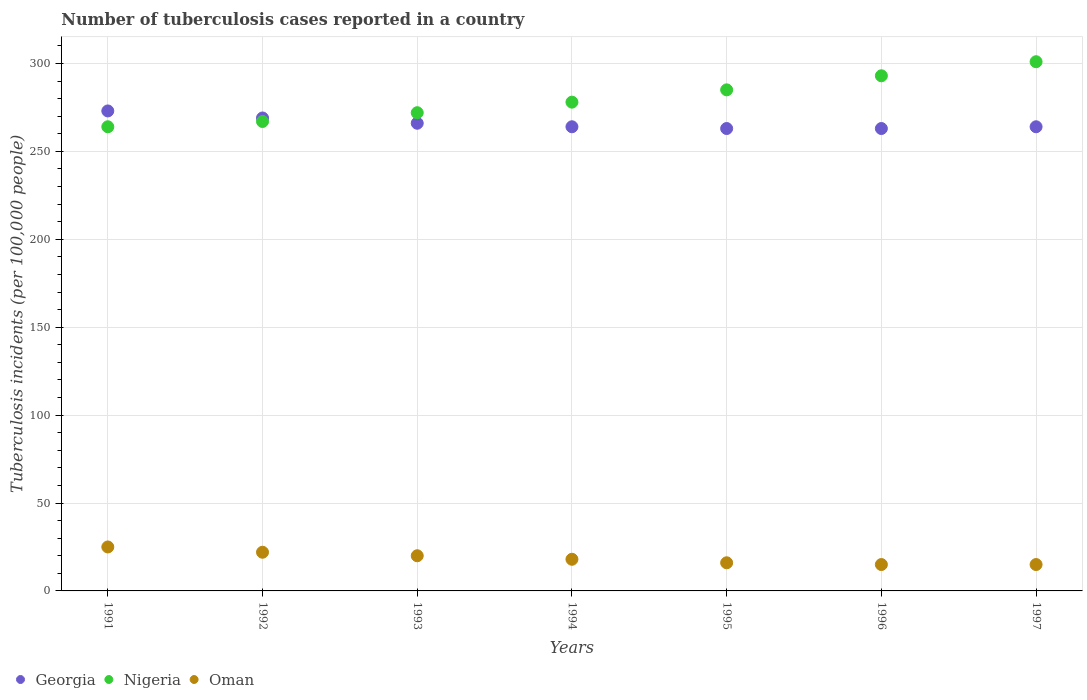
| Years | Georgia | Nigeria | Oman |
 | --- | --- | --- | --- |
 | 1991 | 273 | 264 | 25 |
 | 1992 | 269 | 267 | 22 |
 | 1993 | 266 | 272 | 20 |
 | 1994 | 264 | 278 | 18 |
 | 1995 | 263 | 285 | 16 |
 | 1996 | 263 | 293 | 15 |
 | 1997 | 264 | 301 | 15 |